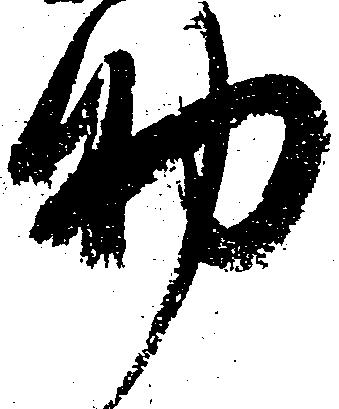
助